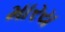
મારય